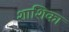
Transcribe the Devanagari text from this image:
शाशिका